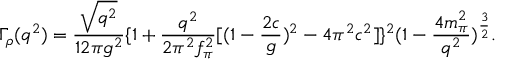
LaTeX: \Gamma _ { \rho } ( q ^ { 2 } ) = \frac { \sqrt { q ^ { 2 } } } { 1 2 \pi g ^ { 2 } } \{ 1 + \frac { q ^ { 2 } } { 2 \pi ^ { 2 } f _ { \pi } ^ { 2 } } [ ( 1 - { \frac { 2 c } { g } } ) ^ { 2 } - 4 \pi ^ { 2 } c ^ { 2 } ] \} ^ { 2 } ( 1 - { \frac { 4 m _ { \pi } ^ { 2 } } { q ^ { 2 } } } ) ^ { \frac { 3 } { 2 } } .